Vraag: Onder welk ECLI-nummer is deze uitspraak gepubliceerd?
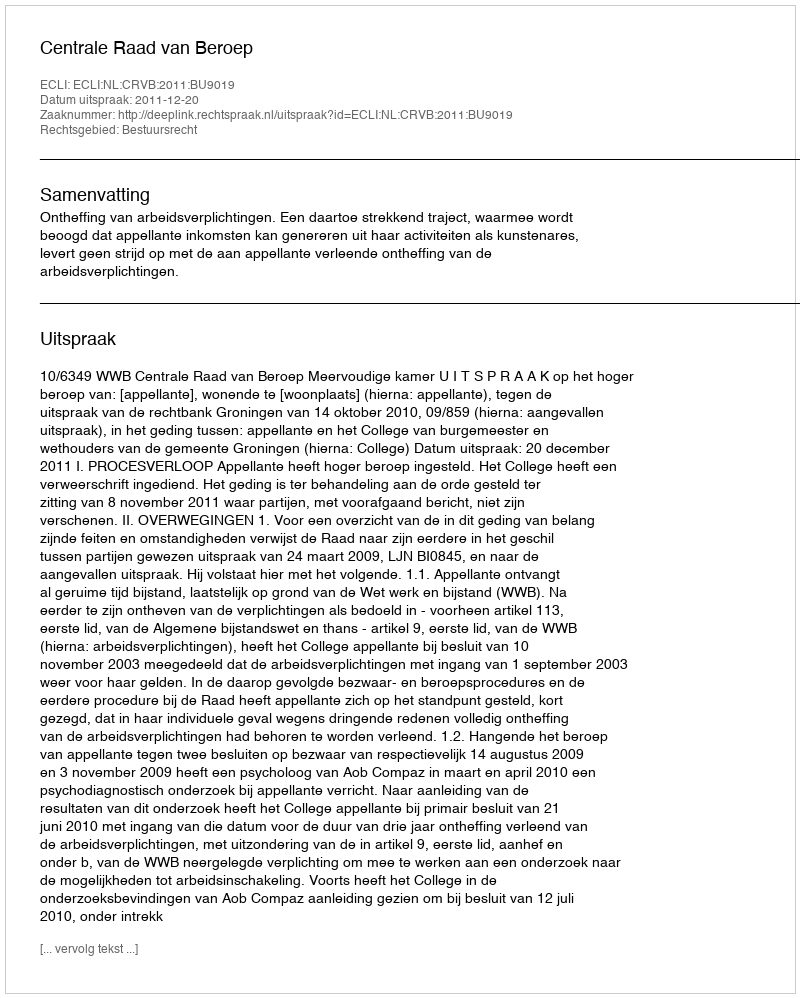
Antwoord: ECLI:NL:CRVB:2011:BU9019